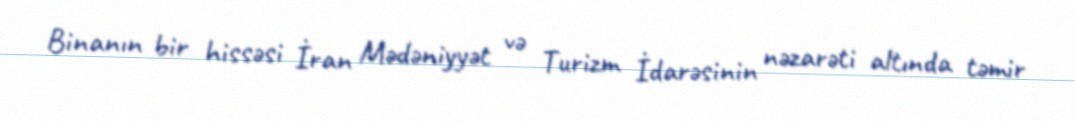
Binanın bir hissəsi İran Mədəniyyət və Turizm İdarəsinin nəzarəti altında təmir